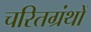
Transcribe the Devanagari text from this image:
चरितग्रंथों